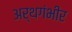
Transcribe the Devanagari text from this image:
अर्थगंभीर